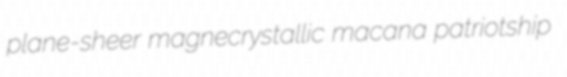
plane-sheer magnecrystallic macana patriotship